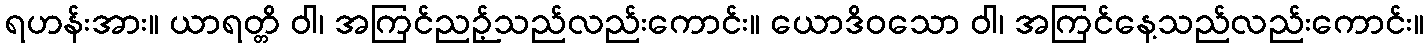
ရဟန်းအား။ ယာရတ္တိ ဝါ၊ အကြင်ညဉ့်သည်လည်းကောင်း။ ယောဒိဝသော ဝါ၊ အကြင်နေ့သည်လည်းကောင်း။